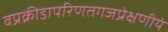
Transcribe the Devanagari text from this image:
वप्रक्रीडापरिणतगजप्रेक्षणीयं